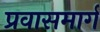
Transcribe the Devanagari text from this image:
प्रवासमार्ग